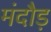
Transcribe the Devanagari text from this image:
मंदौड़